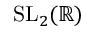
\mathrm { S L } _ { 2 } ( \mathbb { R } )